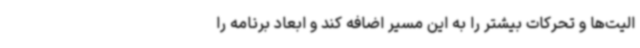
الیت‌ها و تحرکات بیشتر را به این مسیر اضافه کند و ابعاد برنامه را